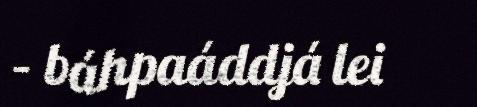
– báhpaáddjá lei